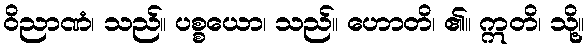
ဝိညာဏံ၊ သည်။ ပစ္စယော၊ သည်။ ဟောတိ၊ ၏။ ဣတိ၊ သို့။